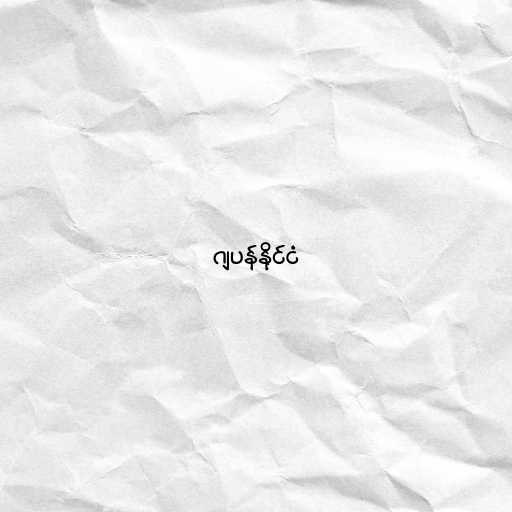
ဂျပန်နိုင်ငံ